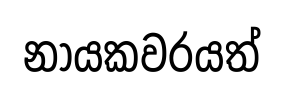
නායකවරයත්